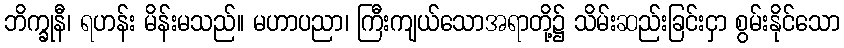
ဘိက္ခုနီ၊ ရဟန်း မိန်းမသည်။ မဟာပညာ၊ ကြီးကျယ်သောအရာတို့၌ သိမ်းဆည်းခြင်းငှာ စွမ်းနိုင်သော